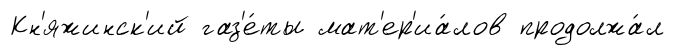
Кн'яжинск'ий газ'е́ты мат'ер'иа́лов продолжа́л